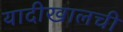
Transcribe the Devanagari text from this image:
यादीखालची